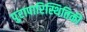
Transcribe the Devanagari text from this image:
पुरापारिस्थितिकी